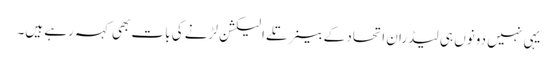
یہی نہیں دونوں ہی لیڈران اتحاد کے بینر تلے الیکشن لڑنے کی بات بھی کہہ رہے ہیں۔